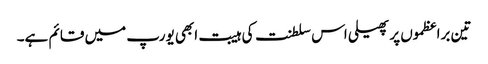
تین براعظموں پر پھیلی اس سلطنت کی ہیبت ابھی یورپ میں قائم ہے۔